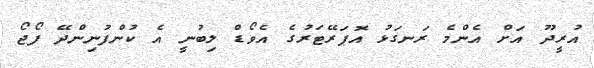
އުރީދޫ އަށް އެންމެ ރަނގަޅު އޮޕަރޭޓަރުގެ އެވޯޑް ލިބުނީ އެ ކުންފުނިންދޭ ފޯޖޯ